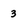
Character: 3